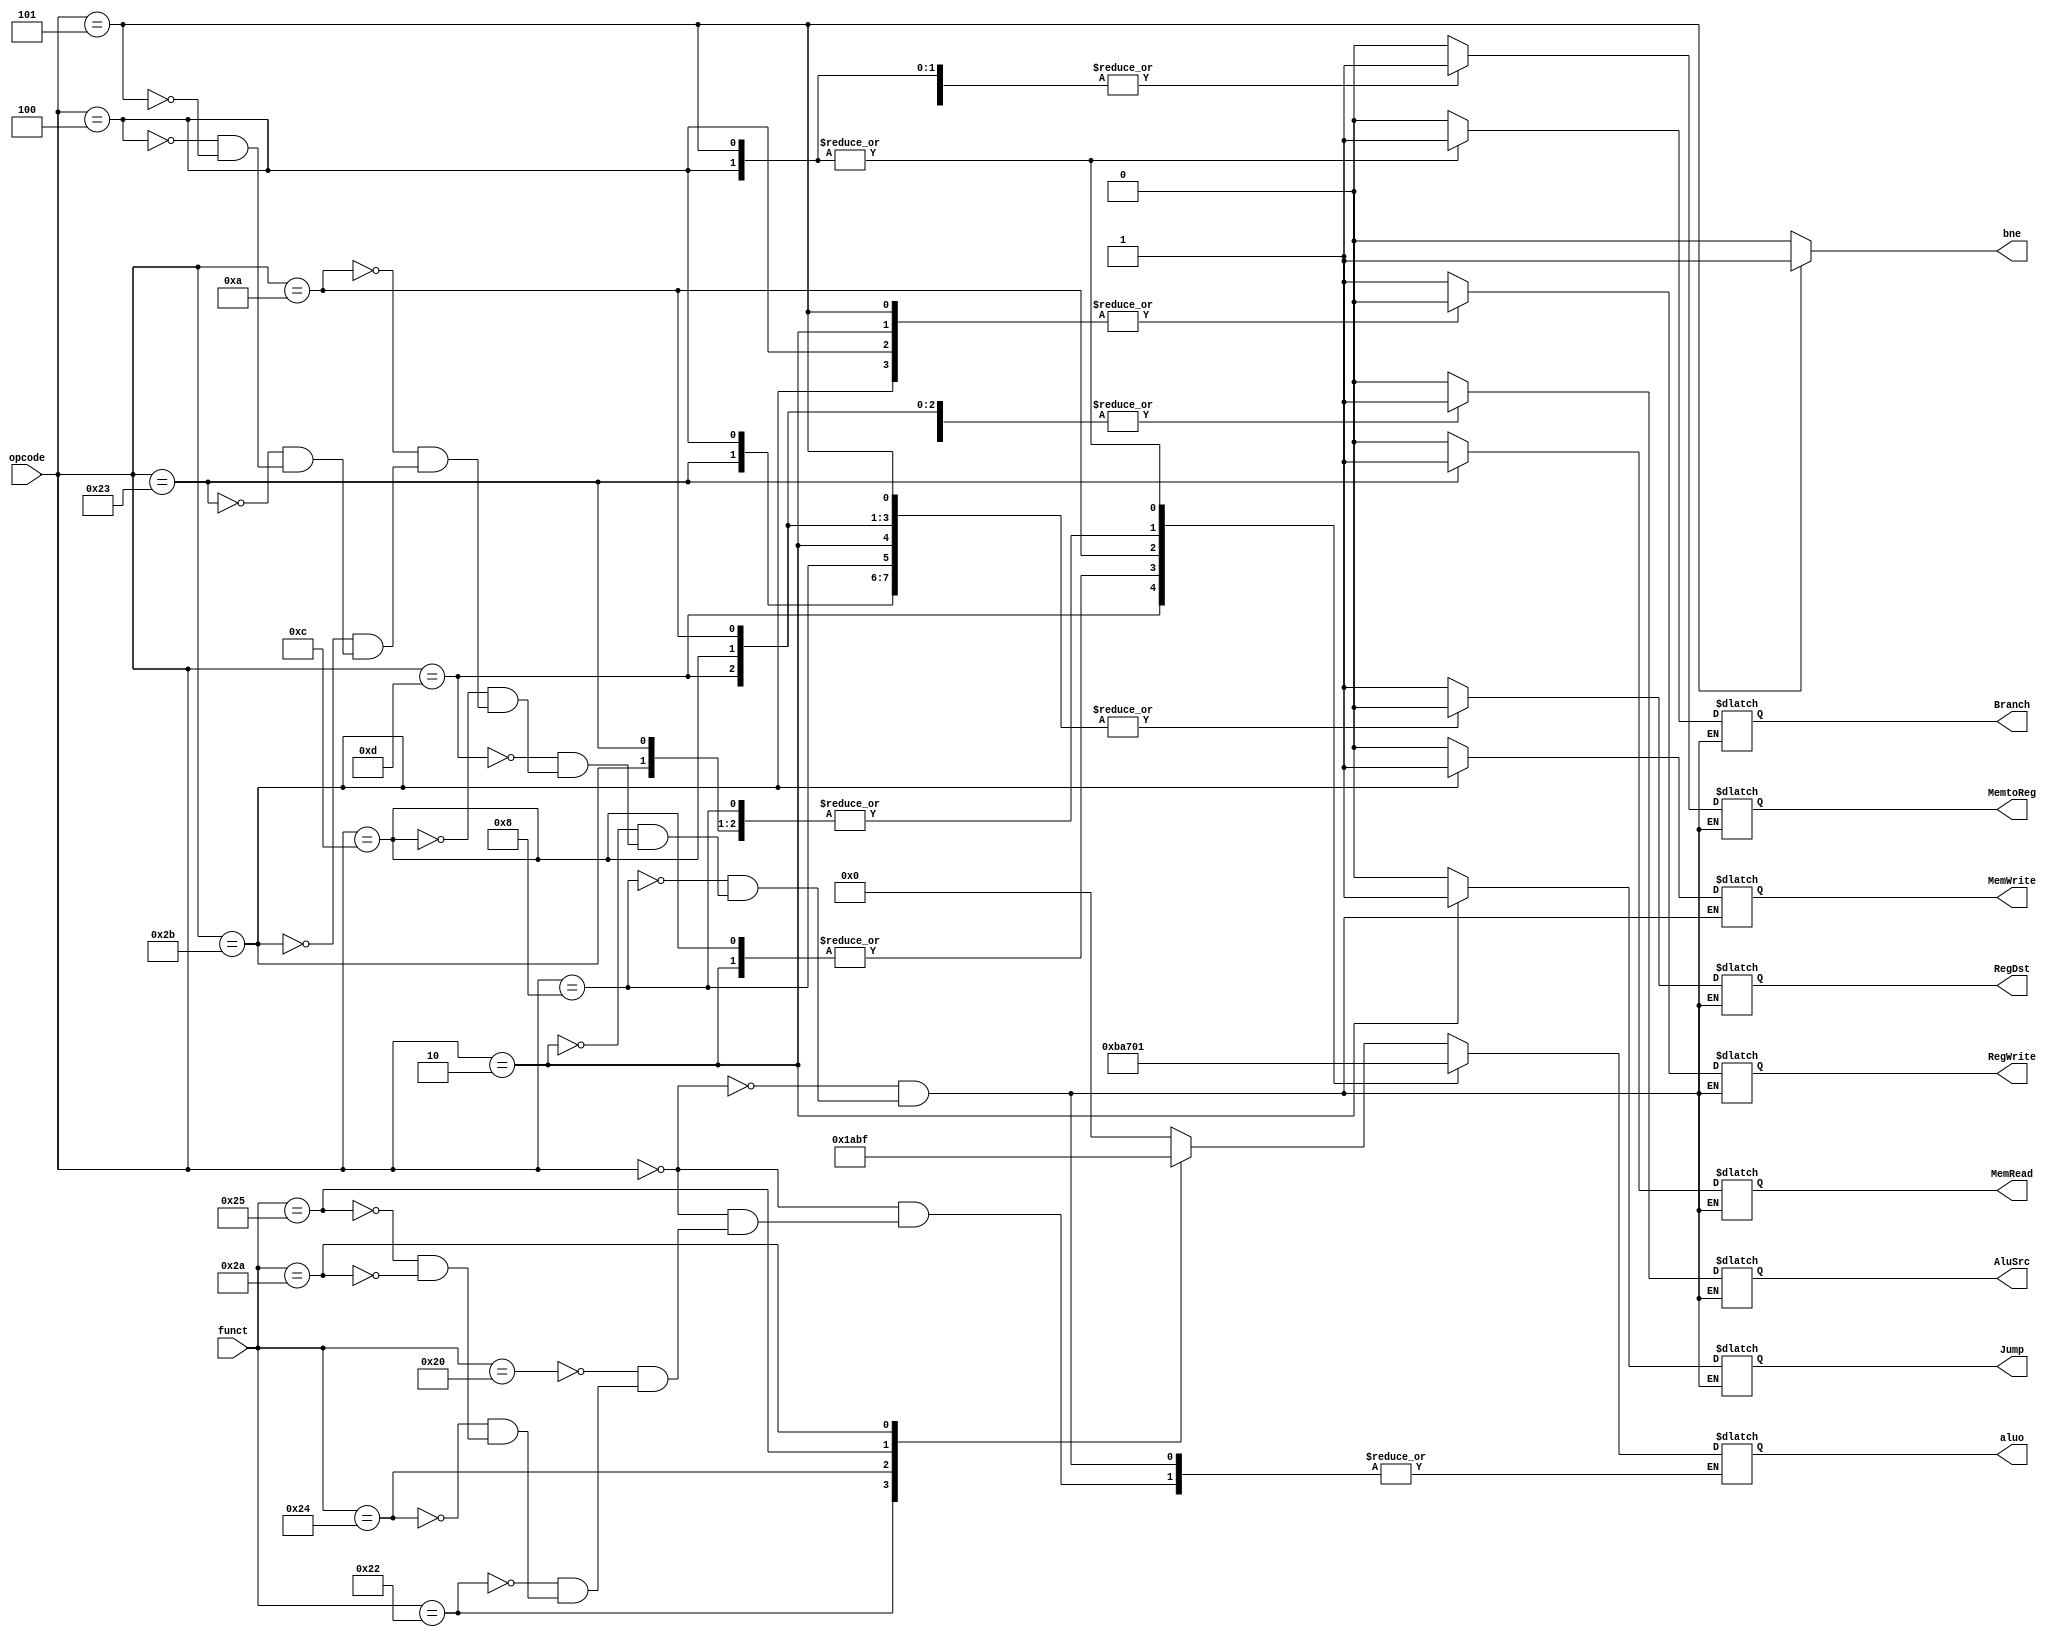
module Control(
  input [5:0] opcode,input [5:0] funct,
  output reg RegDst,Jump,Branch,MemRead,MemtoReg,
  output reg [3:0] aluo,
  output reg MemWrite,AluSrc,RegWrite,bne
  );


 always@(opcode,funct) begin
if(opcode == 6'b000101)
bne = 1'b1;
else bne = 1'b0;
	
  case (opcode)
    6'b0 : // R-Type
	begin
	  RegDst = 1;
	  Jump = 0;
	  Branch = 0;
	  MemRead = 0;
	  MemtoReg = 0;
	  case(funct)
	    6'b100000 : aluo=0000;  // add
	    6'b100010 : aluo=0001;  // sub
	    6'b100100 : aluo=0010;  // and
	    6'b100101 : aluo=0011;  // or
	    6'b101010 : aluo=0111;  // slt
	  endcase
	  MemWrite = 0;
	  AluSrc = 0;
	  RegWrite = 1;
	end
    6'b001000 : // addi
	begin
	  RegDst = 0;
	  Jump = 0;
	  Branch = 0;
	  MemRead = 0;
	  MemtoReg = 0;
	  aluo=0000; //add
	  MemWrite = 0;
	  AluSrc = 1;
	  RegWrite = 1;
	end
    6'b000010 : // j
	begin
	  RegDst = 0;
	  Jump = 1;
	  Branch = 0;
	  MemRead = 0;
	  MemtoReg = 0;
	  aluo=0010;
	  MemWrite = 0;
	  AluSrc = 0;
	  RegWrite = 0;
	end
    6'b001101 : // ori
	begin
	  RegDst = 0;
	  Jump = 0;
	  Branch = 0;
	  MemRead = 0;
	  MemtoReg = 0;
	  aluo=0011; //or
	  MemWrite = 0;
	  AluSrc = 1;
	  RegWrite = 1;
	end
    6'b001100 : // andi
	begin
	  RegDst = 0;
	  Jump = 0;
	  Branch = 0;
	  MemRead = 0;
	  MemtoReg = 0;
	  aluo=0010; //and
	  MemWrite = 0;
	  AluSrc = 1;
	  RegWrite = 1;
	end
    6'b001010 : // slti
	begin
	  RegDst = 0;
	  Jump = 0;
	  Branch = 0;
	  MemRead = 0;
	  MemtoReg = 0;
	  aluo=1111; //slt
	  MemWrite = 0;
	  AluSrc = 1;
	  RegWrite = 1;
	end
    6'b101011 : // sw
	begin
	  RegDst = 0;
	  Jump = 0;
	  Branch = 0;
	  MemRead = 0;
	  MemtoReg = 0;
	  aluo=0000; //add
	  MemWrite = 1;
	  AluSrc = 1;
	  RegWrite = 0;
	end
    6'b100011 : // lw
	begin
	  RegDst = 0;
	  Jump = 0;
	  Branch = 0;
	  MemRead = 1;
	  MemtoReg = 1;
	  aluo=0000; //add
	  MemWrite = 0;
	  AluSrc = 1;
	  RegWrite = 1;
	end
    6'b000100 : // beq
	begin
	  RegDst = 0;
	  Jump = 0;
	  Branch = 1;
	  MemRead = 0;
	  MemtoReg = 1;
	  aluo=0001; //sub
	  MemWrite = 0;
	  AluSrc = 0;
	  RegWrite = 0;
	end
    6'b000101 : // bne
	begin
	  RegDst = 0;
	  Jump = 0;
	  Branch = 1;
	  MemRead = 0;
	  MemtoReg = 1;
	  aluo=0001; //sub
	  MemWrite = 0;
	  AluSrc = 0;
	  RegWrite = 0;
	end
    endcase
end
endmodule